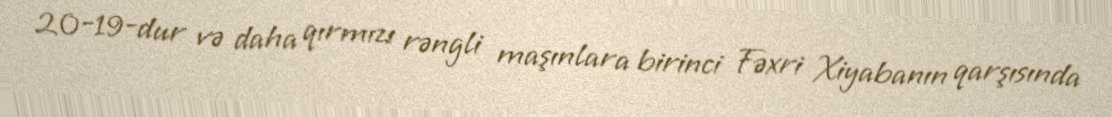
20-19-dur və daha qırmızı rəngli maşınlara birinci Fəxri Xiyabanın qarşısında